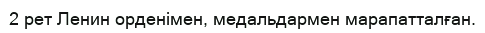
2 рет Ленин орденімен, медальдармен марапатталған.